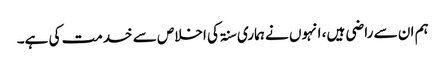
ہم ان سے راضی ہیں، انہوں نے ہماری سنۃ کی اخلاص سے خدمت کی ہے۔